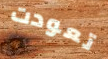
تعودت